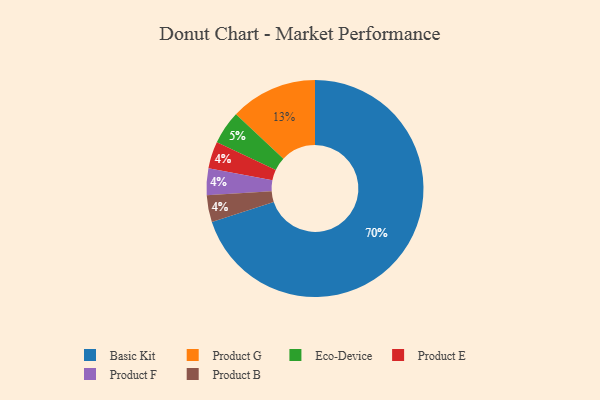
{"axis": {"x": "Category", "y": "Percentage"}, "legend": ["Basic Kit", "Eco-Device", "Product B", "Product E", "Product F", "Product G"], "data": [{"x": "Basic Kit", "y": 70, "type": "Basic Kit"}, {"x": "Product G", "y": 13, "type": "Product G"}, {"x": "Eco-Device", "y": 5, "type": "Eco-Device"}, {"x": "Product E", "y": 4, "type": "Product E"}, {"x": "Product F", "y": 4, "type": "Product F"}, {"x": "Product B", "y": 4, "type": "Product B"}]}